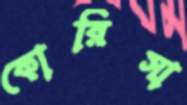
কোরিসা